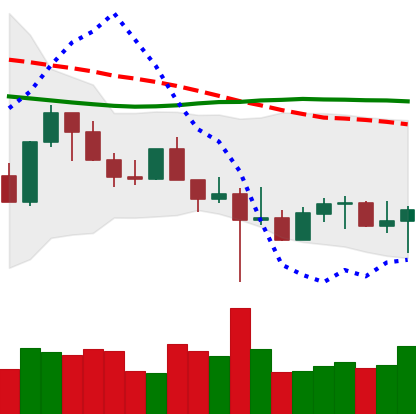
Ticker: LTC-USD
Chart end date: 2022-10-21
Forward return: 9.237%
Label: up_7plus